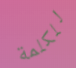
للكلمة